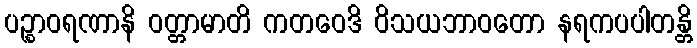
ပဉ္စာဝရဏာနိ ဝတ္တာမာတိ ကတဝေဒိ ဝိသယဘာဝတော နရကပပါတန္တိ